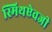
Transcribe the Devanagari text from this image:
स्मिथऐवजी